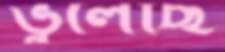
ভুলেছি